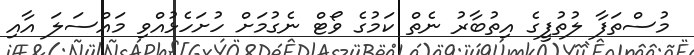
މުސްތަފާ ލުތުފީގެ އިތުބާރު ނެތް ކަމުގެ ވޯޓް ނެގުމަށް ހުށަހެޅުއްވި މައްސަލަ އާއި